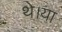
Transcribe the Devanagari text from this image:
थे।या